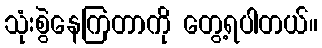
သုံးစွဲနေကြတာကို တွေ့ရပါတယ်။